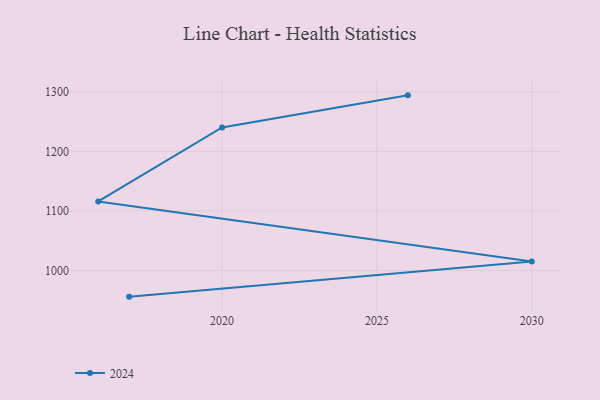
{"axis": {"x": "Year", "y": "Gross Profit (USD K)"}, "legend": ["2024"], "data": [{"x": "2017", "y": 955.9, "type": "2024"}, {"x": "2030", "y": 1015.1, "type": "2024"}, {"x": "2016", "y": 1115.8, "type": "2024"}, {"x": "2020", "y": 1240.1, "type": "2024"}, {"x": "2026", "y": 1294.1, "type": "2024"}]}